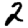
Digit: 2